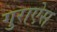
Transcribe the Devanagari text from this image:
गुराऐस